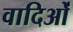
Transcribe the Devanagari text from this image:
वादिओं